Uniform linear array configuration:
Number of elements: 64
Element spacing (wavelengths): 0.5
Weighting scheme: blackman
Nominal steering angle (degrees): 15
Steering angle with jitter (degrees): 14.333
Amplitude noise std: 0.05
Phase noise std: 0.05

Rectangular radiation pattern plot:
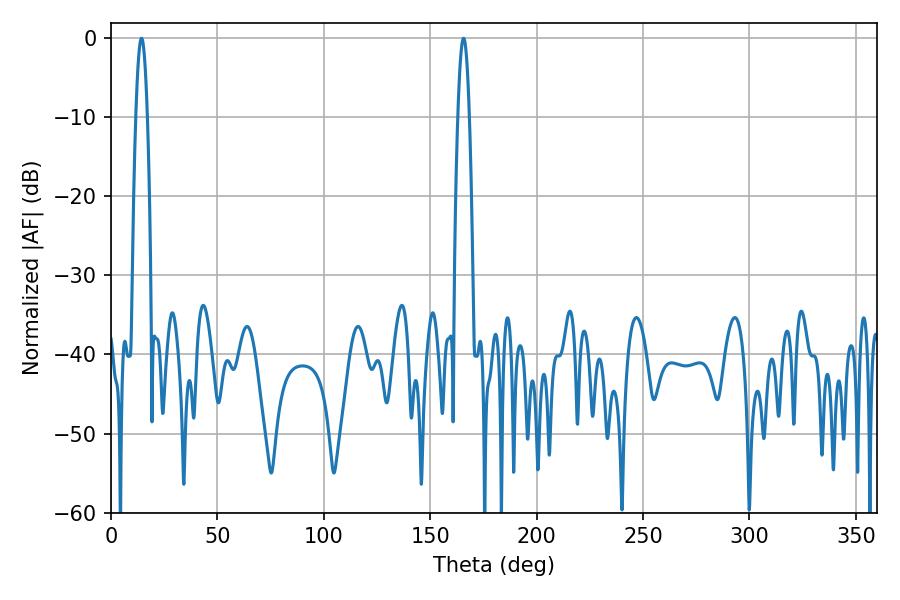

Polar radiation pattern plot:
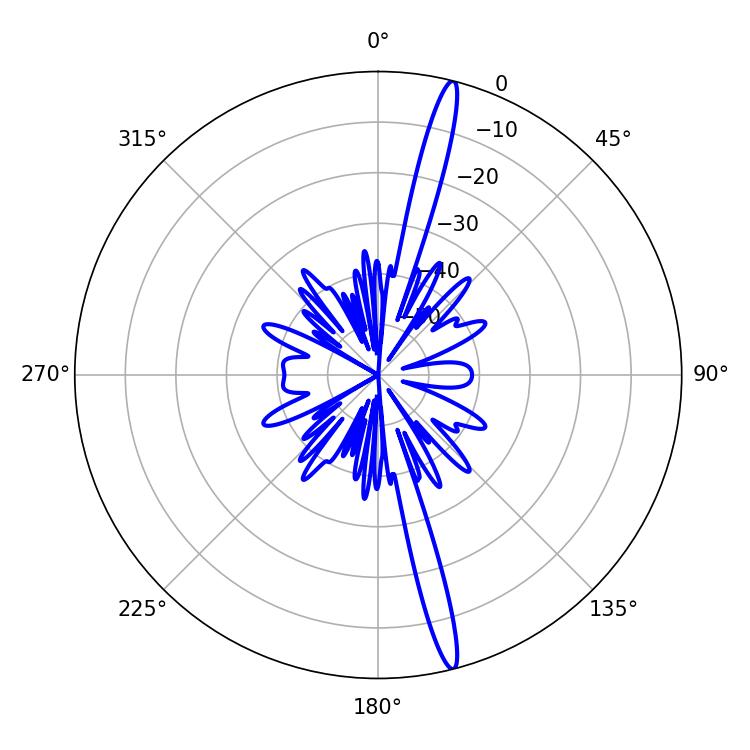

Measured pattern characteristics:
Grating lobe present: FALSE
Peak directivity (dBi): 18.532
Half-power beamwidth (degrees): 2.88
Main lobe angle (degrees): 14.4